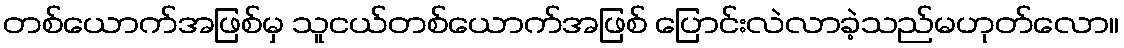
တစ်ယောက်အဖြစ်မှ သူငယ်တစ်ယောက်အဖြစ် ပြောင်းလဲလာခဲ့သည်မဟုတ်လော။